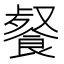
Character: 𩜨